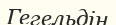
Гегельдін